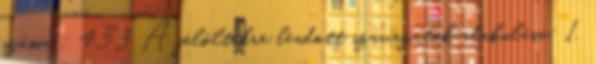
száma : 453 A jelöltekre leadott szavazatok alakulása: 1.